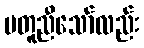
မတူညီသော်လည်း